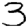
Digit: 3